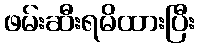
ဖမ်းဆီးရမိထားပြီး